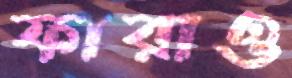
ফারাও